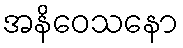
အနိဝေသနော